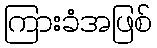
ကြားခံအဖြစ်